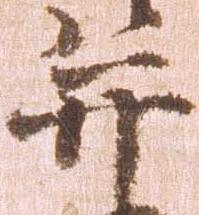
并